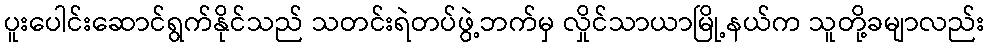
ပူးပေါင်းဆောင်ရွက်နိုင်သည် သတင်းရဲတပ်ဖွဲ့ဘက်မှ လှိုင်သာယာမြို့နယ်က သူတို့ခမျာလည်း